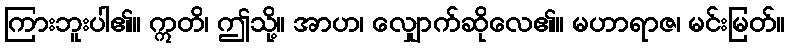
ကြားဘူးပါ၏။ ဣတိ၊ ဤသို့။ အာဟ၊ လျှောက်ဆိုလေ၏။ မဟာရာဇ၊ မင်းမြတ်။